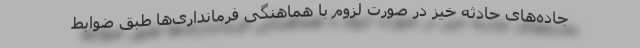
جاده‌های حادثه خیز در صورت لزوم با هماهنگی فرمانداری‌ها طبق ضوابط